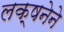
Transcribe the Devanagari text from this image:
लक्षनेने